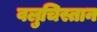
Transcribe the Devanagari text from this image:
वलुचिस्तान